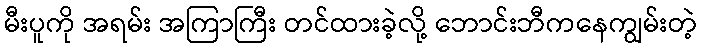
မီးပူကို အရမ်း အကြာကြီး တင်ထားခဲ့လို့ ဘောင်းဘီကနေကျွမ်းတဲ့